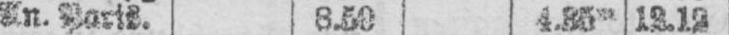
An. Paris. 8.50 4.35m 12.12